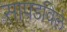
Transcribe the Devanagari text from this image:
सापडविले